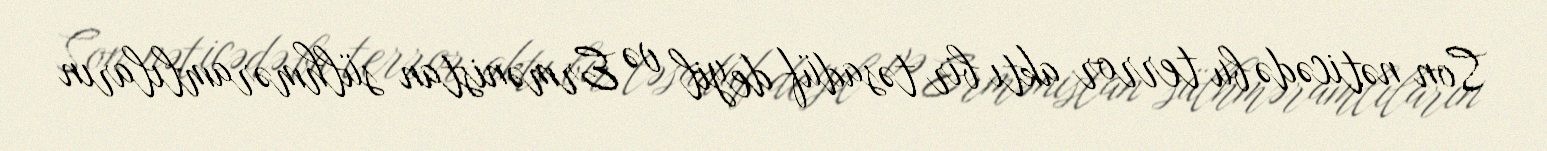
Son nəticədə bu terror aktı bir təsadüf deyil və Ermənistan sülhməramlıların